Report on horse surra - Volume II, Part II
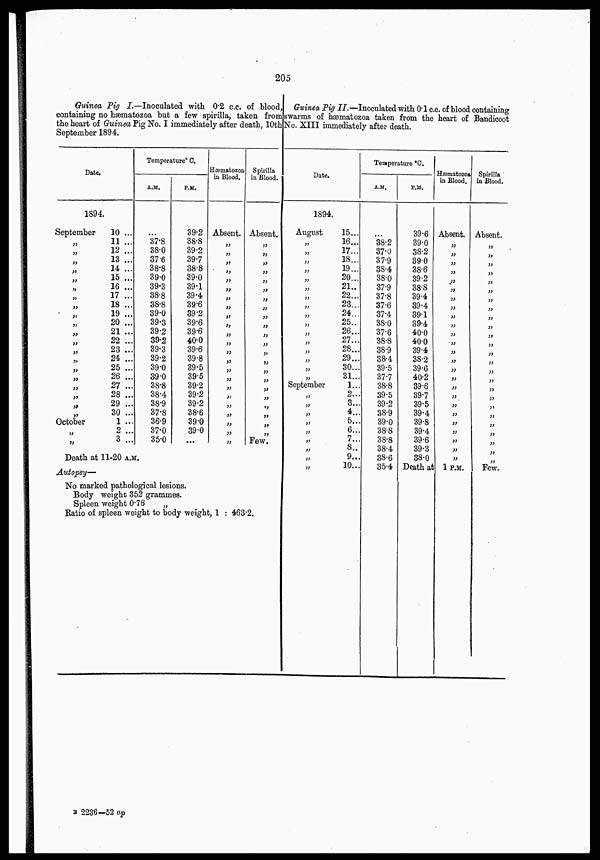
205
Guinea Pig I.—Inoculated with 0.2 c.c. of blood,
containing no hæmatozoa but a few spirilla, taken from
the heart of Guinea Pig No. I immediately after death, 10th
September 1894.
Date.
1894.
September
„
„
„
„
„
„
„
„
„
„
„
„
„
„
„
„
„
„
„
„
October
10 ...
11 ...
12 ...
13 ...
14 ...
15 ...
16 ...
17 ...
18 ...
19 ...
20 ...
21 ...
22 ...
23 ...
24 ...
25 ...
26 ...
27 ...
28 ...
29 ...
30 ...
1 ...
2 ...
3 ...
Temperature°C.
A.M.
...
37.8
38.0
37.6
38.8
39.0
39.3
38.8
38.8
39.0
39.3
39.2
39.2
39.3
39.2
39.0
39.0
38.8
38.4
38.9
37.8
36.9
37.0
35.0
P.M.
39.2
38.8
39.2
39.7
38.8
39.0
39.1
39.4
39.6
39.2
39.6
39.6
40.0
39.6
39.8
39.5
39.5
39.2
39.2
39.2
38.6
39.0
39.0
...
Hæmatozoa
in Blood.
Absent.
„
„
„
„
„
„
„
„
„
„
„
„
„
„
„
„
„
„
„
„
„
„
„
Spirilla
in Blood.
Absent.
„
„
„
„
„
„
„
„
„
„
„
„
„
„
„
„
„
„
„
„
„
„
Few.
Death at 11-20 A.M.
Autopsy—
No marked pathological lesions.
Body weight 352 grammes.
Spleen weight 0.76
„
Ratio of spleen weight to body weight, 1 : 463.2.
Guinea Pig II.—Inoculated with 0.1 c.c. of blood containing
swarms of hæmatozoa taken from the heart of Bandicoot
No. XIII immediately after death.
Date.
1894.
August
„
„
„
„
„
„
„
„
„
„
„
„
„
„
„
„
September
„
„
„
„
„
„
„
„
„
15...
16...
17...
18...
19...
20...
21..
22...
23...
24...
25..
26...
27...
28...
29...
--
31...
1...
2...
3..
4...
5..
6...
7..
8..
9...
10...
Temperature °C.
A.M.
...
38.2
37.0
37.9
38.4
38.0
37.9
37.8
37.6
37.4
38.0
37.6
38.8
38.9
38.4
39.5
37.7
38.8
39.5
39.2
38.9
39.0
38.8
38.8
38.4
38.6
35.4
P.M.
39.6
39.0
38.2
39.0
38.6
39.2
38.8
39.4
39.4
39.1
39.4
40.0
40.0
39.4
38.2
39.6
40.2
39.6
39.7
39.5
39.4
39.8
39.4
39.6
39.3
38.0
Hæmatozoa
in Blood.
Absent.
„
„
„
„
„
„
„
„
„
„
„
„
„
„
„
„
„
„
„
„
„
„
„
„
„
Death at 1 P.M.
Spirilla
in Blood.
Absent.
„
„
„
„
„
„
„
„
„
„
„
„
„
„
„
„
„
„
„
„
„
„
„
„
„
Few.
B 2236—52 ap